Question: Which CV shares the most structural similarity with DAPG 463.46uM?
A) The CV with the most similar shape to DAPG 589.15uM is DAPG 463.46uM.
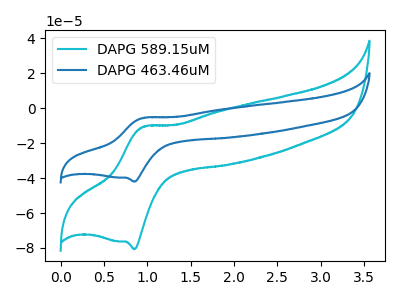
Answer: <think>The cyan curve "DAPG 589.15uM" has an anodic peak at (0.95V, -10.55uA) and a cathodic peak at (0.85V, -80.65uA). The blue curve "DAPG 463.46uM" has an anodic peak at (0.95V, -5.50uA) and a cathodic peak at (0.85V, -41.95uA).
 All the peaks in "DAPG 589.15uM" have a peak in "DAPG 463.46uM" at the same potential.</think>
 <answer>A) The CV with the most similar shape to "DAPG 589.15uM" is "DAPG 463.46uM".</answer>
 <eval>A</eval>